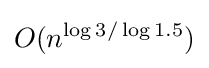
O(n^{\log 3/\log 1.5})